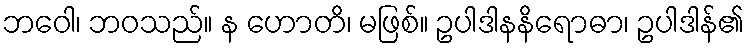
ဘဝေါ၊ ဘဝသည်။ န ဟောတိ၊ မဖြစ်။ ဥပါဒါနနိရောဓာ၊ ဥပါဒါန်၏